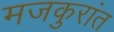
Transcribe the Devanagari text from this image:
मजकुरांत